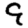
Digit: 9